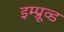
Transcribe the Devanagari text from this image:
इम्प्रूव्ड